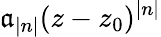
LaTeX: \mathfrak{a}_{|n|}(z-z_{0})^{|n|}